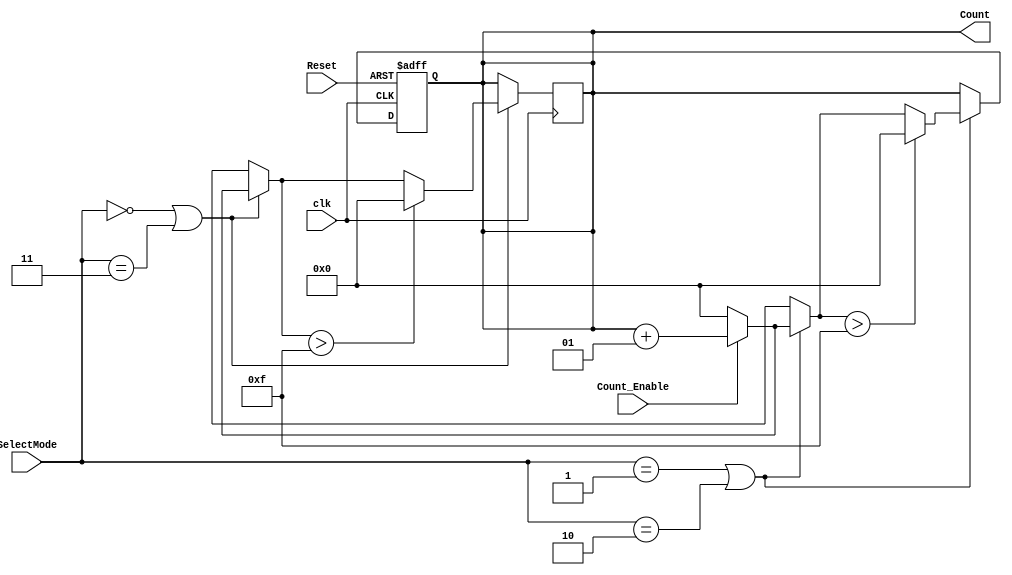


module Clk_Counter
#(parameter VAL = 15)
(
input clk, 
input Reset,
input Count_Enable,
input [1:0] SelectMode,
output integer Count
);

always @(posedge clk)
begin
     if(SelectMode == 0 || SelectMode == 3) begin
		if(Count_Enable == 1) begin
	  		Count = Count + 1;
		end
		else begin
			Count = 0;
		end
		if(Count > VAL) begin
			Count = 0;
		end 
     end
end  

always @(negedge clk,posedge Reset)
begin
     if (Reset == 1) begin
		Count = 0;
     end
     else if(SelectMode == 1 || SelectMode == 2) begin
		if(Count_Enable == 1) begin
	  		Count = Count + 1;
		end
		else begin
			Count = 0;
		end
		if(Count > VAL) begin
			Count = 0;
		end 
     end
end  
endmodule